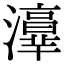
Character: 𤂸